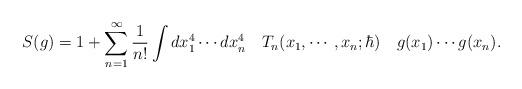
LaTeX: \begin{align*} S(g) = 1 + \sum_{n=1}^\infty \frac{1}{n !} \int dx_1^4 \cdots dx_n^4 \quad T_n(x_1, \cdots, x_n; \hbar) \quad g(x_1) \cdots g(x_n).\end{align*}